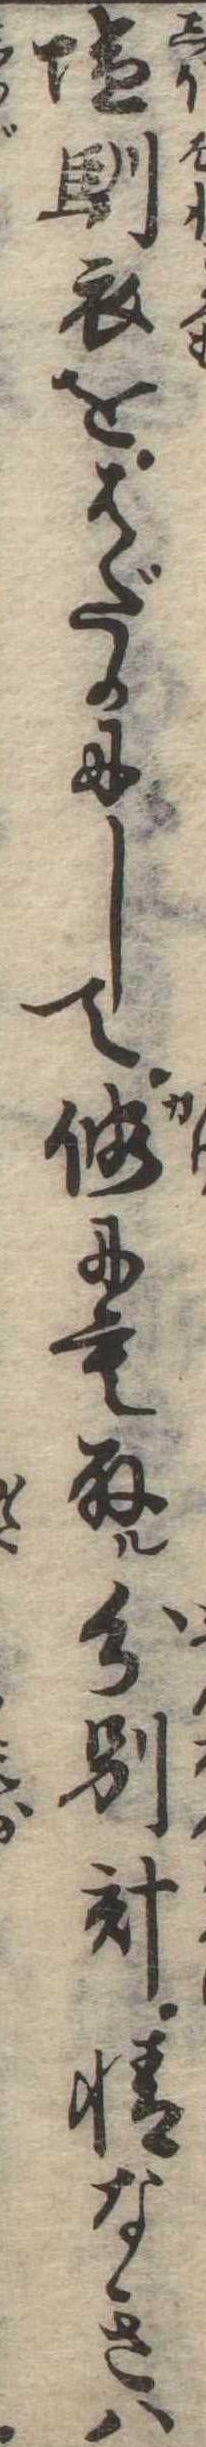
塩馴衣をはだかにして仮にも取る分別計情なきは